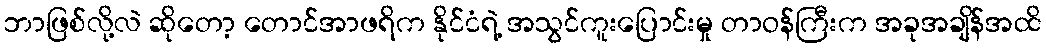
ဘာဖြစ်လို့လဲ ဆိုတော့ တောင်အာဖရိက နိုင်ငံရဲ့ အသွင်ကူးပြောင်းမှု တာဝန်ကြီးက အခုအချိန်အထိ